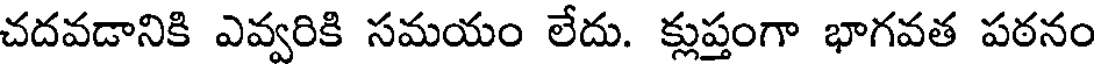
చదవడానికి ఎవ్వరికి సమయం లేదు. క్లుప్తంగా భాగవత పఠనం